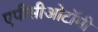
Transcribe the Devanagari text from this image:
एपीसीओटॉमी